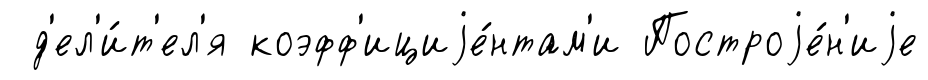
д'ел'и́т'ел'я коэфф'ициjе́нтам'и Построjе́н'иjе